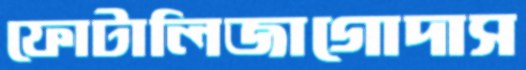
ফোটালিজাগোদাস